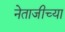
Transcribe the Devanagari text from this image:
नेताजीच्या